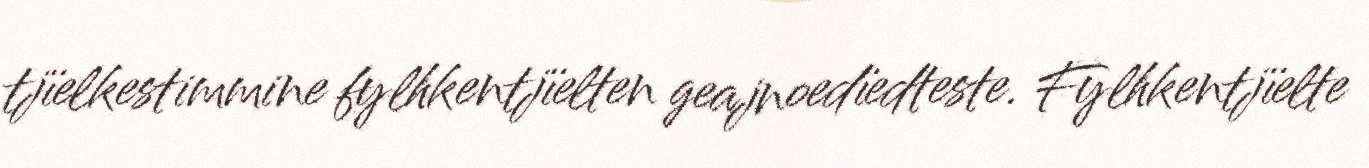
tjïelkestimmine fylhkentjïelten geajnoedïedteste. Fylhkentjïelte